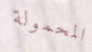
المحمولة